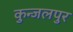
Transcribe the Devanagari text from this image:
कुन्जलपुर